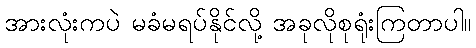
အားလုံးကပဲ မခံမရပ်နိုင်လို့ အခုလိုစုရုံးကြတာပါ။